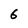
Character: 6